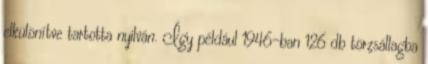
elkülönítve tartotta nyilván. Így például 1946-ban 126 db törzsállagba